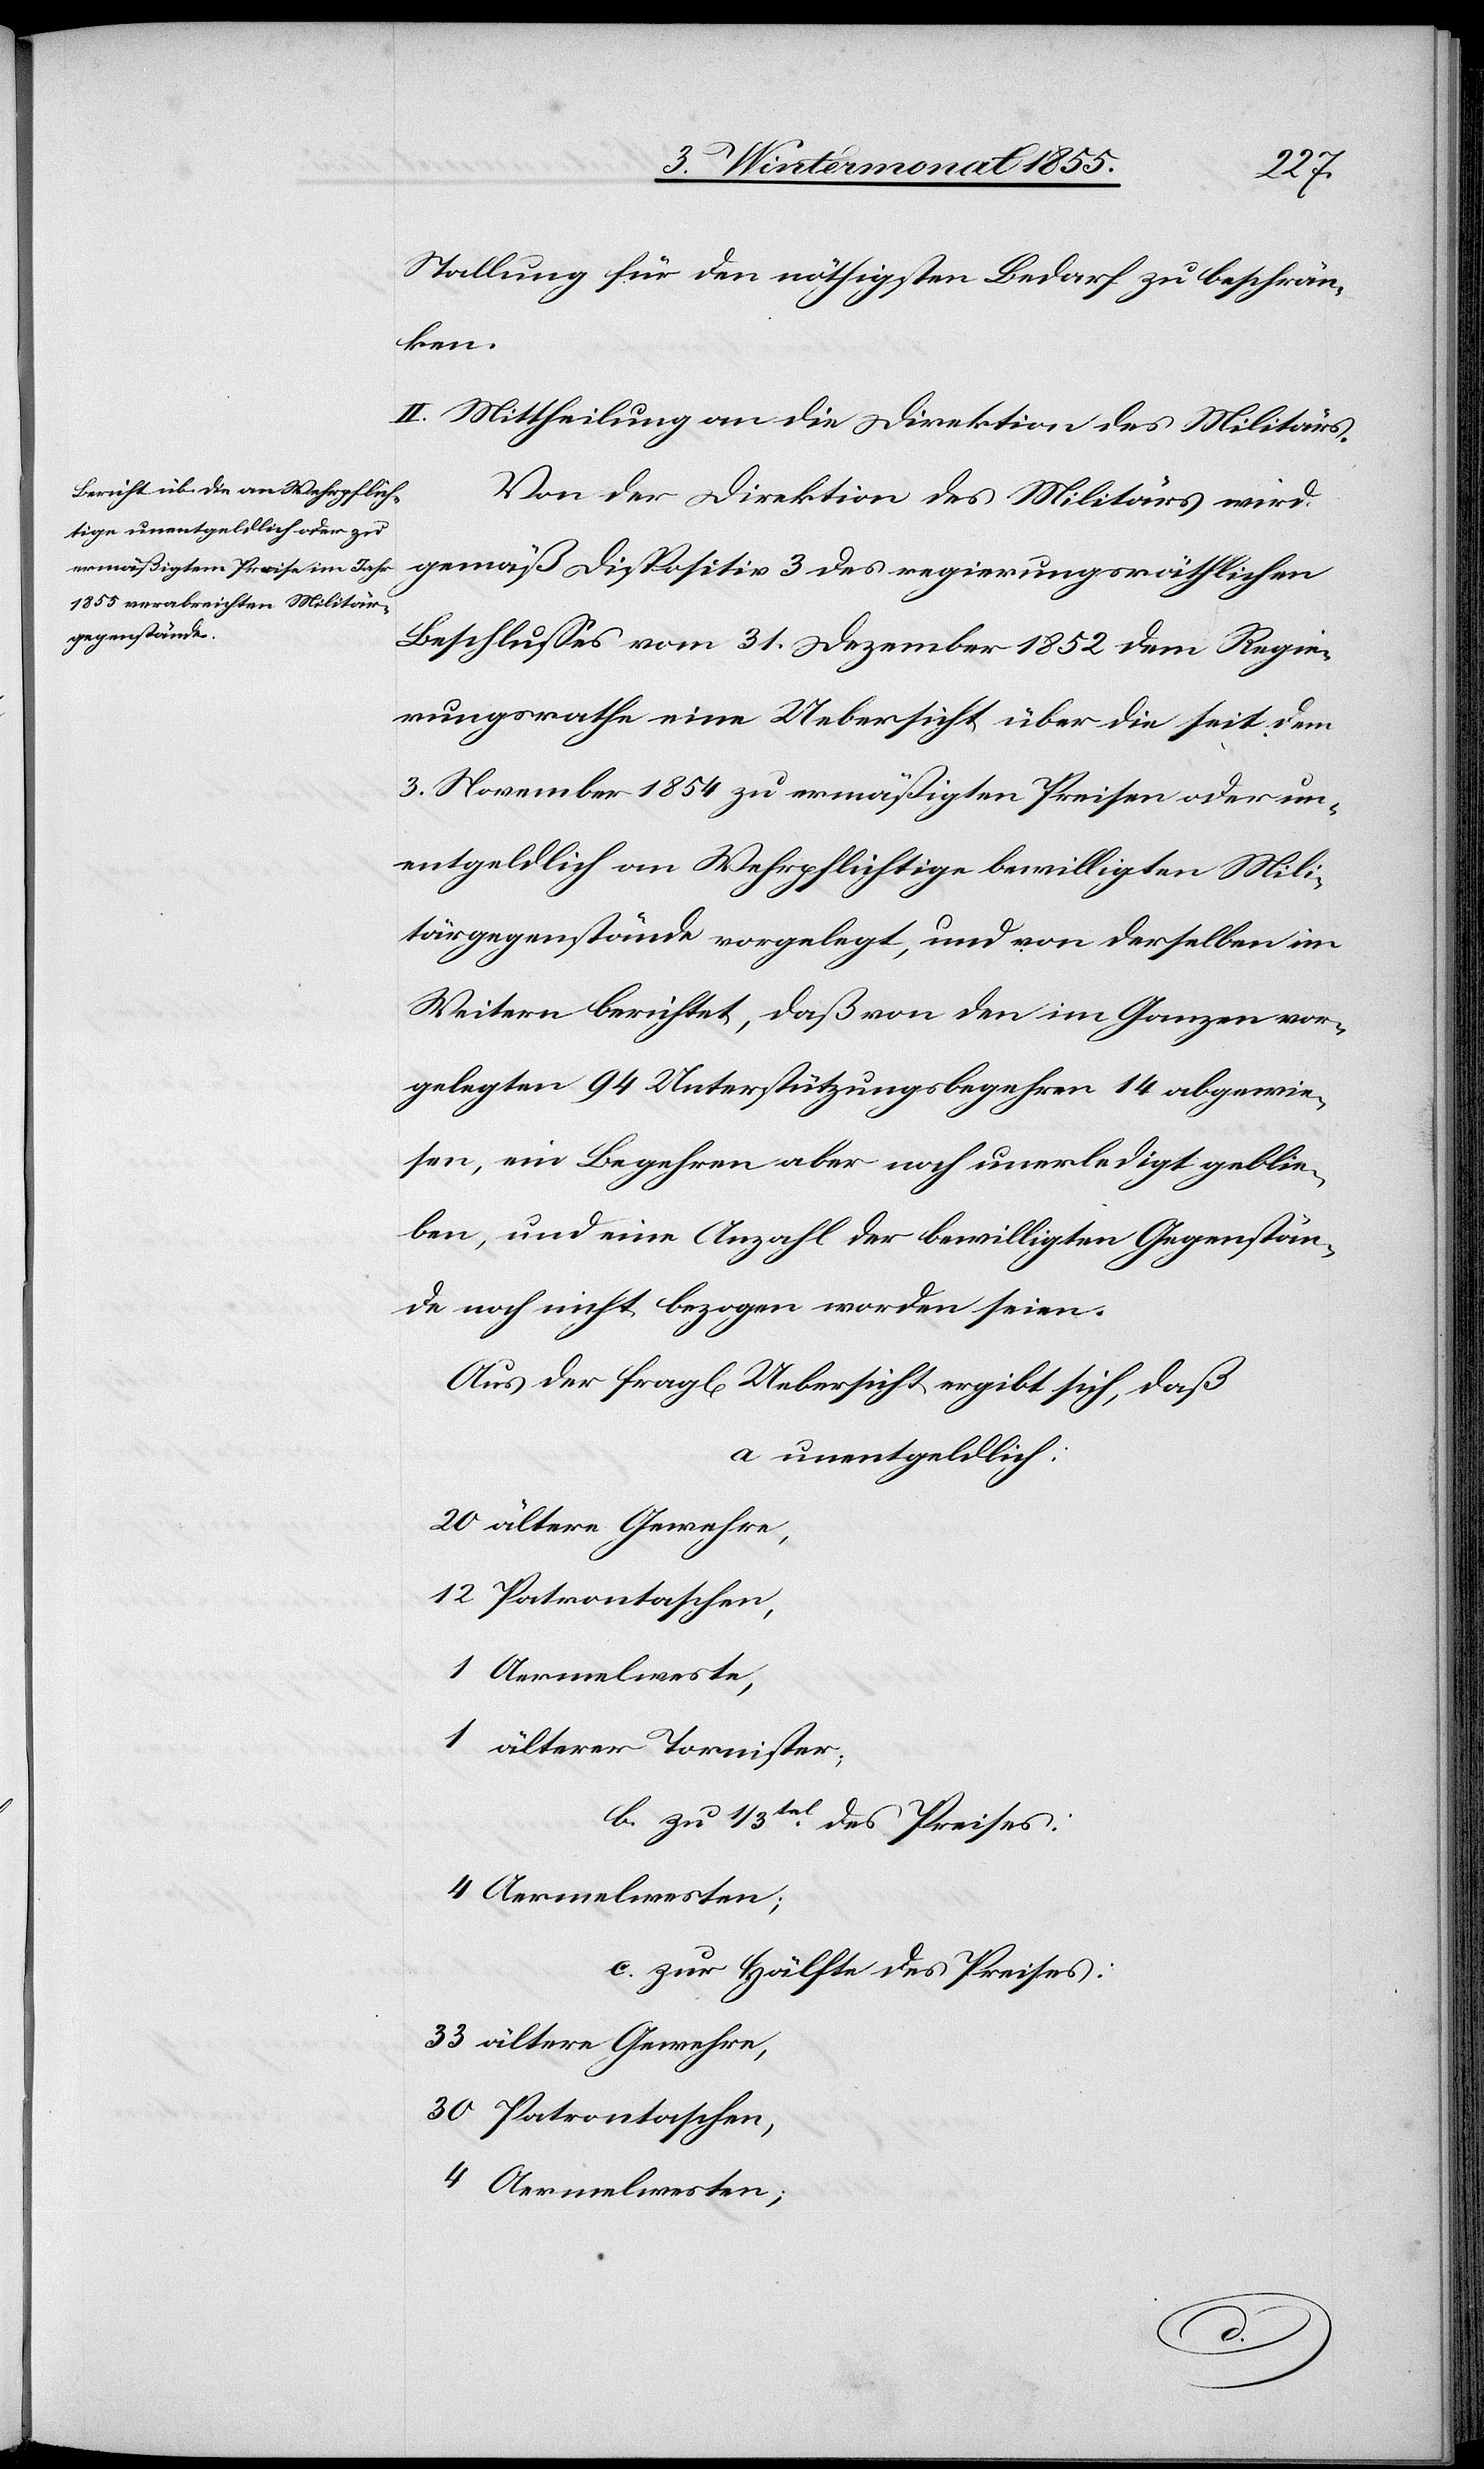
Stallung für den nöthigsten Bedarf zu beschrän¬
ken.
II. Mittheilung an die Direktion des Militärs.
Von der Direktion des Militärs wird
gemäß Dispositiv 3 des regierungsräthlichen
Beschlusses vom 31. Dezember 1852 dem Regie¬
rungsrathe eine Uebersicht über die seit dem
3. November 1854 zu ermäßigten Preisen oder un¬
entgeldlich an Wehrpflichtige bewilligten Mili¬
tärgegenstände vorgelegt, und von derselben im
Weitern berichtet, daß von den im Ganzen vor¬
gelegten 94 Unterstützungsbegehren 14 abgewie¬
sen, ein Begehren aber noch unerledigt geblie¬
ben, und eine Anzahl der bewilligten Gegenstän¬
de noch nicht bezogen worden seien.
Aus der fragl[ichen] Uebersicht ergibt sich, daß
a unentgeldlich:
20 ältere Gewehre,
12 Patrontaschen,
1 Aermelweste,
1 älterer Tornister;
b. zu 1/3tel.
des Preises:
4 Aermelwesten;
c. zur Hälfte des Preises:
33 ältere Gewehre,
30 Patrontaschen,
4 Aermelwesten;